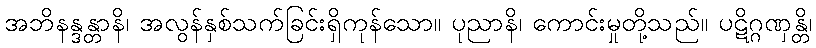
အဘိနန္ဒန္တာနိ၊ အလွန်နှစ်သက်ခြင်းရှိကုန်သော။ ပုညာနိ၊ ကောင်းမှုတို့သည်။ ပဋိဂ္ဂဏှန္တိ၊